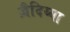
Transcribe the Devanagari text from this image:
ज़ैदिय्या